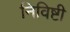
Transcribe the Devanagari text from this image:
निविष्टी